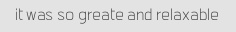
it was so greate and relaxable